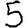
Digit: 5